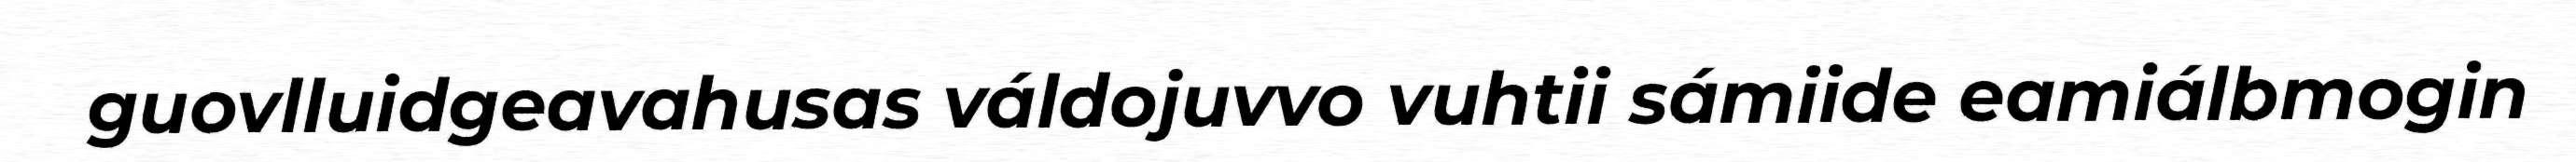
guovlluidgeavahusas váldojuvvo vuhtii sámiide eamiálbmogin